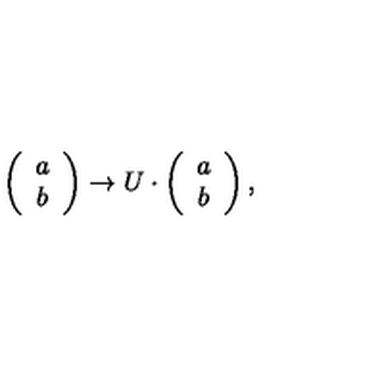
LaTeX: \left( \begin{array} { c } { { a } } \\ { { b } } \\ \end{array} \right) \to U \cdot \left( \begin{array} { c } { a } \\ { b } \\ \end{array} \right) ,